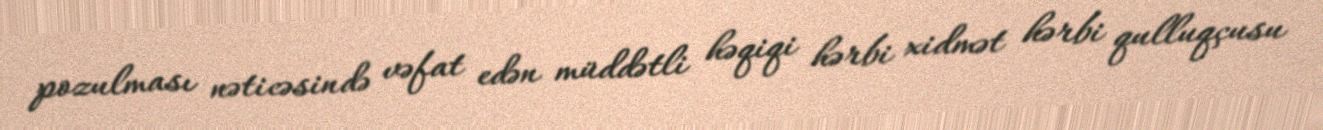
pozulması nəticəsində vəfat edən müddətli həqiqi hərbi xidmət hərbi qulluqçusu